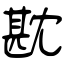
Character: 㽎